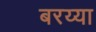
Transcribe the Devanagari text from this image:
बरय्या